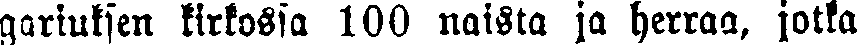
gariuksen kirkossa 100 naista ja herraa, jotka